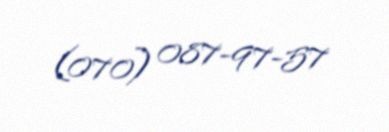
(070) 087-97-57